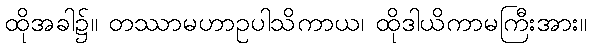
ထိုအခါ၌။ တဿာမဟာဥပါသိကာယ၊ ထိုဒါယိကာမကြီးအား။